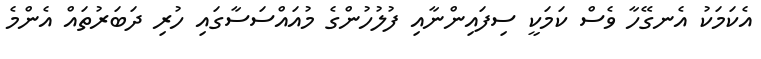
އެކަމަކު އެނގޭހާ ވެސް ކަމަކީ ސިފައިންނާއި ފުލުހުންގެ މުއައްސަސާގައި ހުރި ދަބަރުތައް އެންމެ